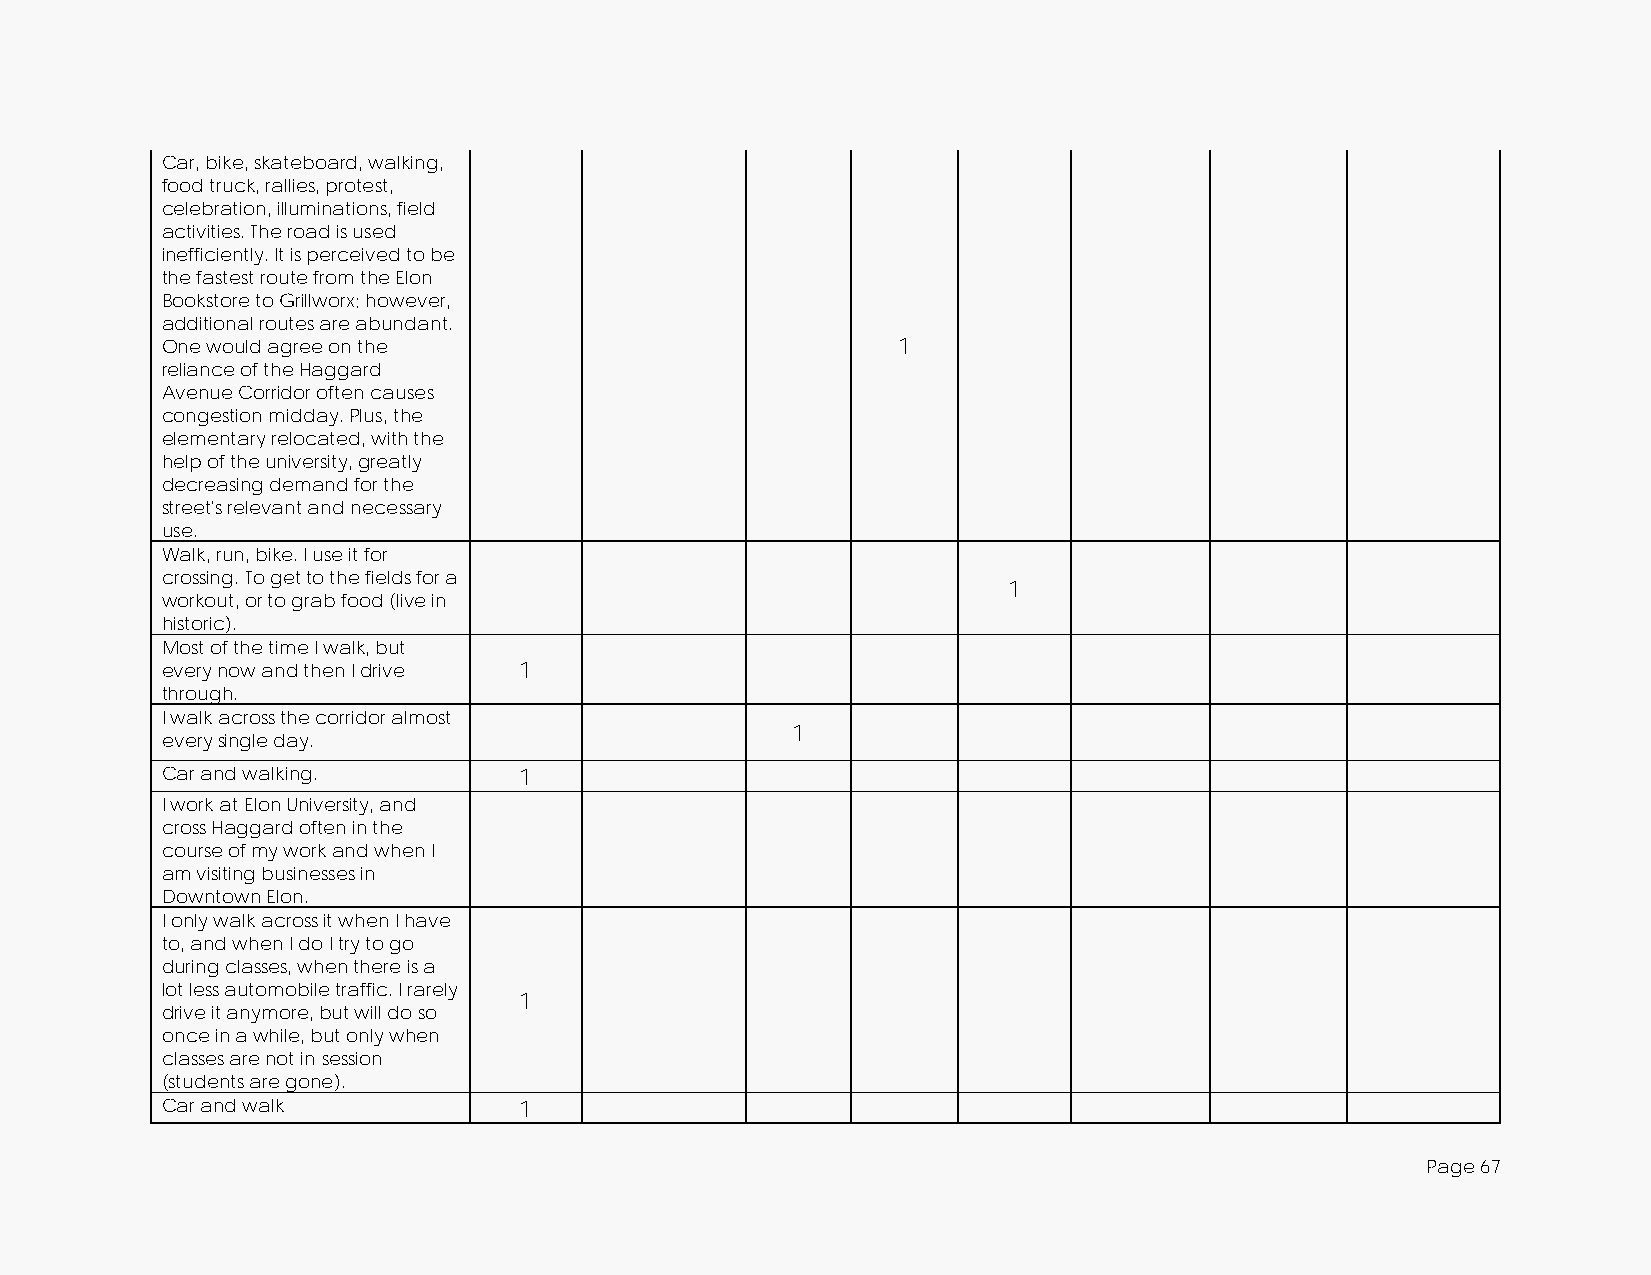
Car, bike, skateboard, walking,
 food truck, rallies, protest,
 celebration, illuminations, field
 activities. The road is used
 inefficiently. It is perceived to be
 the fastest route from the Elon
 Bookstore to Grillworx; however,
 additional routes are abundant.
 One would agree on the                          1
 reliance of the Haggard
 Avenue Corridor often causes
 congestion midday. Plus, the
 elementary relocated, with the
 help of the university, greatly
 decreasing demand for the
 street's relevant and necessary
 use.
 Walk, run, bike. I use it for
 crossing. To get to the fields for a
 1
 workout, or to grab food (live in
 historic).
 Most of the time I walk, but
 every now and then I drive 1
 through.
 I walk across the corridor almost
 1
 every single day.
 Car and walking.       1
 I work at Elon University, and
 cross Haggard often in the
 course of my work and when I
 am visiting businesses in
 Downtown Elon.
 I only walk across it when I have
 to, and when I do I try to go
 during classes, when there is a
 lot less automobile traffic. I rarely
 1
 drive it anymore, but will do so
 once in a while, but only when
 classes are not in session
 (students are gone).
 Car and walk           1
 Page 67